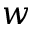
w